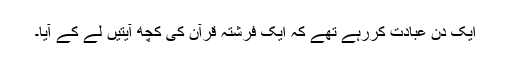
ایک دن عبادت کررہے تھے کہ ایک فرشتہ قرآن کی کچھ آیتیں لے کے آیا۔